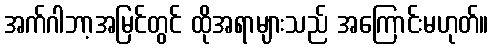
အက်ဂါဘာ့အမြင်တွင် ထိုအရာများသည် အကြောင်းမဟုတ်။